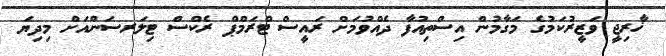
ޚާރިޖީ ވަޒީރުކަމުގެ މަގާމުން އިސްތިއުފާ ދެއްވުމަށް ރައީސް ޓްރަމްޕް ރެކްސް ޓިލަރސަންއަށް މިދިޔަ